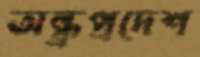
অন্ধ্রপ্রদেশ